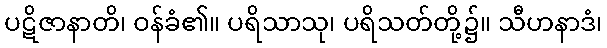
ပဋိဇာနာတိ၊ ဝန်ခံ၏။ ပရိသာသု၊ ပရိသတ်တို့၌။ သီဟနာဒံ၊